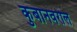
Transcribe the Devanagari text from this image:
कुबानवरील